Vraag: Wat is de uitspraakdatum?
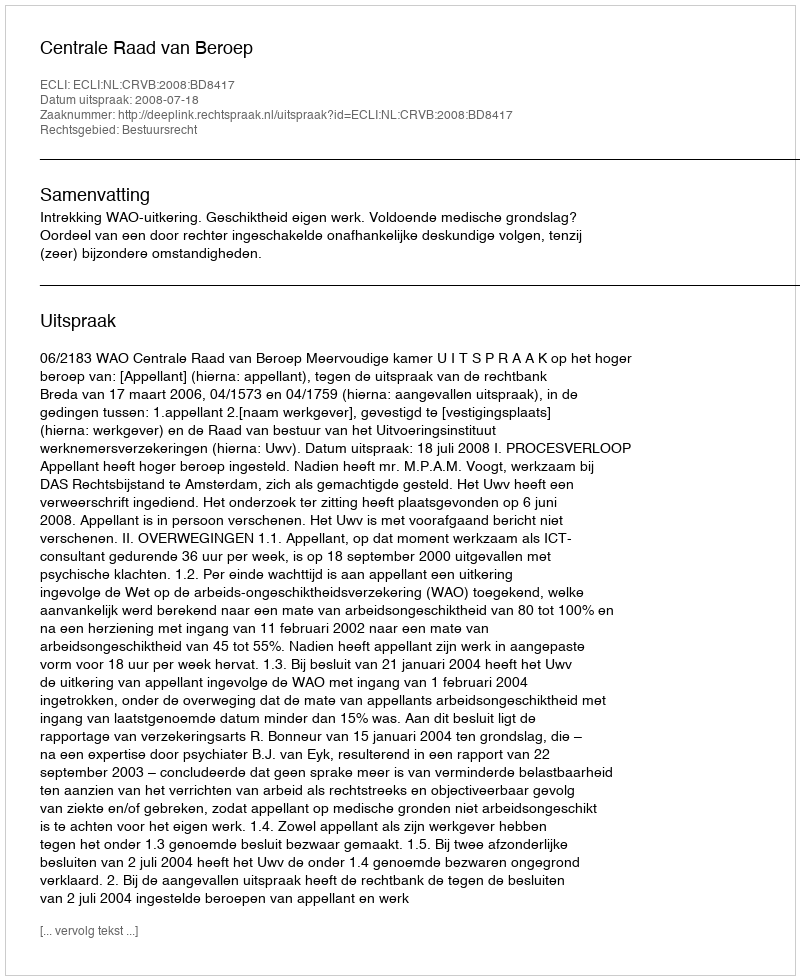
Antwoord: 2008-07-18